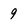
Character: 9